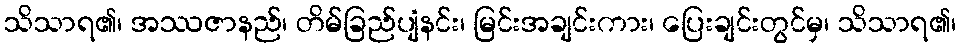
သိသာရ၏၊ အဿဇာနည်၊ တိမ်ခြည်ပျံနင်း၊ မြင်းအချင်းကား၊ ပြေးချင်းတွင်မှ၊ သိသာရ၏၊